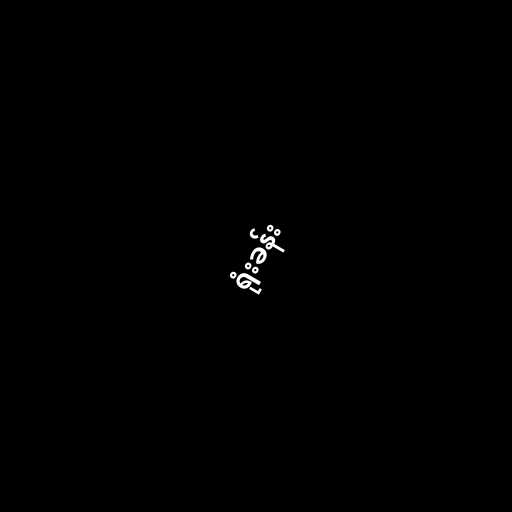
ရုံးခန်း